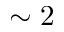
\sim 2